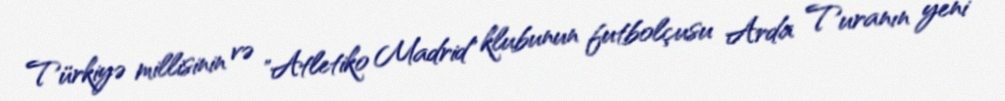
Türkiyə millisinin və "Atletiko Madrid" klubunun futbolçusu Arda Turanın yeni